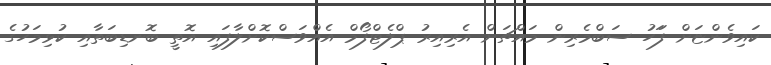
ކައިވެންޏަށް ފަަހު ސަބްމެރިން މައްޗަށް އެރިއިރު ޕްލެޓްފޯމް އެއްވަސްކޮށްލާފައި އޮތީ ބޮނޑިބަތާއި ކުޅިމަހުގެ